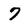
Character: 7